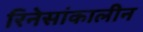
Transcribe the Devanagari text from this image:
रिनेसांकालीन